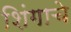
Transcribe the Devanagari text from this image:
शिंगाचे